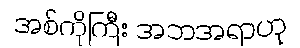
အစ်ကိုကြီး အဘအရာဟု